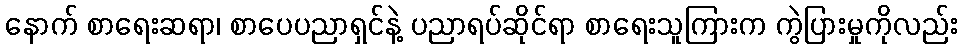
နောက် စာရေးဆရာ၊ စာပေပညာရှင်နဲ့ ပညာရပ်ဆိုင်ရာ စာရေးသူကြားက ကွဲပြားမှုကိုလည်း